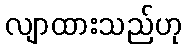
လျာထားသည်ဟု